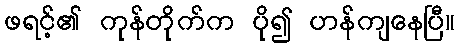
ဖရင့်၏ ကုန်တိုက်က ပို၍ ဟန်ကျနေပြီ။